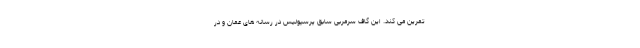
تمرین می کند. این گاف سرمربی سابق پرسپولیس در رسانه های عمان و در